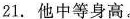
21.他中等身高。